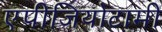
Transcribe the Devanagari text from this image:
एपीजियोटामी